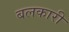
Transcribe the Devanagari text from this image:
बलकारी